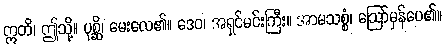
ဣတိ၊ ဤသို့။ ပုစ္ဆိ၊ မေးလေ၏။ ဒေဝ၊ အရှင်မင်းကြီး။ အာမသစ္စံ၊ ဩော်မှန်ပေ၏။